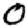
Digit: 0